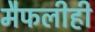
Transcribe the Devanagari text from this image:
मैफलीही